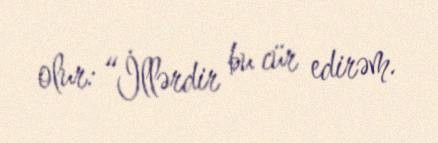
olur: “İllərdir bu cür edirəm.